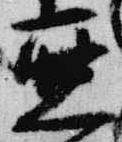
亜